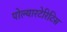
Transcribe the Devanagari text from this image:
पोल्यारटेरिटिस